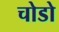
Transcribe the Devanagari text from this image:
चोडो